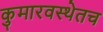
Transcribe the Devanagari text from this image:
कुमारवस्थेतच